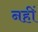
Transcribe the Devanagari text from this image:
नहीं